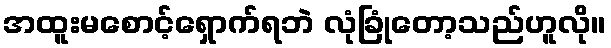
အထူးမစောင့်ရှောက်ရဘဲ လုံခြုံတော့သည်ဟူလို။